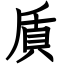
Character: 貭